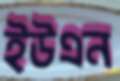
ইউএন